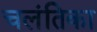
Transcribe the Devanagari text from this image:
चलंतिका